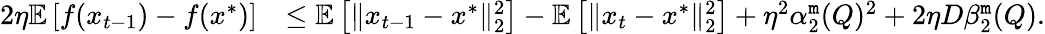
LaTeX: \begin{array}{rl}{2\eta\mathbb{E}\left[f(x_{t-1})-f(x^{*})\right]}&{\leq\mathbb{E}\left[\| x_{t-1}-x^{*}\| _{2}^{2}\right]-\mathbb{E}\left[\| x_{t}-x^{*}\| _{2}^{2}\right]+\eta^{2}\alpha_{2}^{\tt m}(Q)^{2}+2\eta D\beta_{2}^{\tt m}(Q).}\end{array}